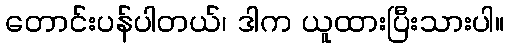
တောင်းပန်ပါတယ်၊ ဒါက ယူထားပြီးသားပါ။